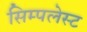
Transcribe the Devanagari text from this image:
सिम्पलेस्ट